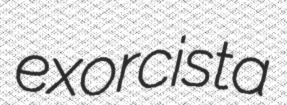
exorcista